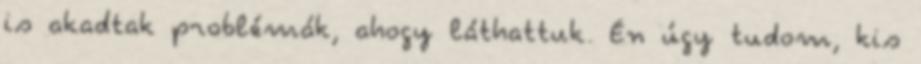
is akadtak problémák, ahogy láthattuk. Én úgy tudom, kis